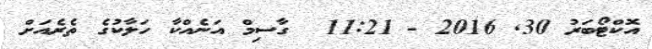
އޮކްޓޯބަރު 30